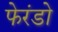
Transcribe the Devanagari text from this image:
फेरंडो